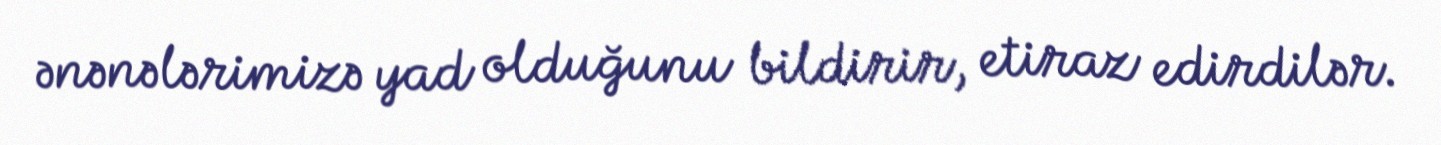
ənənələrimizə yad olduğunu bildirir, etiraz edirdilər.